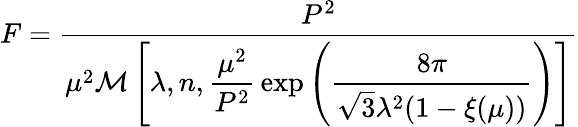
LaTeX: F=\frac{P^{2}}{\mu^{2}{\cal M}\left[\lambda,n,\displaystyle{\frac{\mu^{2}}{P^{2}}}\exp\left({\frac{8\pi}{\sqrt{3}\lambda^{2}(1-\xi(\mu))}}\right)\right]}